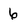
Character: 6